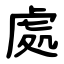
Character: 處